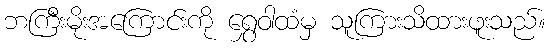
ဘကြီးမိုးအကြောင်းကို ရွှေဝါထံမှ သူကြားသိထားဖူးသည်။